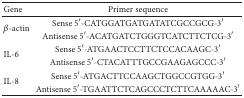
<table><thead><tr><td><b>Gene</b></td><td><b>Primer sequence</b></td></tr></thead><tbody><tr><td rowspan="2"><i>β</i>-actin</td><td>Sense 5′-CATGGATGATGATATCGCCGCG-3′</td></tr><tr><td>Antisense 5′-ACATGATCTGGGTCATCTTCTCG-3′</td></tr><tr><td rowspan="2">IL-6</td><td>Sense 5′-ATGAACTCCTTCTCCACAAGC-3′</td></tr><tr><td>Antisense 5′-CTACATTTGCCGAAGAGCCC-3′</td></tr><tr><td rowspan="2">IL-8</td><td>Sense 5′-ATGACTTCCAAGCTGGCCGTGG-3′</td></tr><tr><td>Antisense 5′-TGAATTCTCAGCCCTCTTCAAAAAC-3′</td></tr></tbody></table>